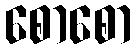
စောစော